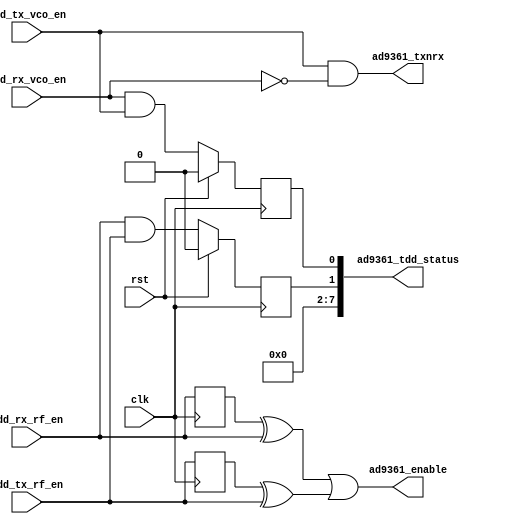
// ***************************************************************************
// ***************************************************************************
// Copyright 2014 - 2017 (c) Analog Devices, Inc. All rights reserved.
//
// In this HDL repository, there are many different and unique modules, consisting
// of various HDL (Verilog or VHDL) components. The individual modules are
// developed independently, and may be accompanied by separate and unique license
// terms.
//
// The user should read each of these license terms, and understand the
// freedoms and responsibilities that he or she has by using this source/core.
//
// This core is distributed in the hope that it will be useful, but WITHOUT ANY
// WARRANTY; without even the implied warranty of MERCHANTABILITY or FITNESS FOR
// A PARTICULAR PURPOSE.
//
// Redistribution and use of source or resulting binaries, with or without modification
// of this file, are permitted under one of the following two license terms:
//
//   1. The GNU General Public License version 2 as published by the
//      Free Software Foundation, which can be found in the top level directory
//      of this repository (LICENSE_GPL2), and also online at:
//      <https://www.gnu.org/licenses/old-licenses/gpl-2.0.html>
//
// OR
//
//   2. An ADI specific BSD license, which can be found in the top level directory
//      of this repository (LICENSE_ADIBSD), and also on-line at:
//      https://github.com/analogdevicesinc/hdl/blob/master/LICENSE_ADIBSD
//      This will allow to generate bit files and not release the source code,
//      as long as it attaches to an ADI device.
//
// ***************************************************************************
// ***************************************************************************

`timescale 1ns/1ps

module axi_ad9361_tdd_if#(

  parameter       LEVEL_OR_PULSE_N = 0) (

  // clock

  input                   clk,
  input                   rst,

  // control signals from the tdd control

  input                   tdd_rx_vco_en,
  input                   tdd_tx_vco_en,
  input                   tdd_rx_rf_en,
  input                   tdd_tx_rf_en,

  // device interface

  output                  ad9361_txnrx,
  output                  ad9361_enable,

  // interface status

  output      [ 7:0]      ad9361_tdd_status);


  localparam      PULSE_MODE = 0;
  localparam      LEVEL_MODE = 1;

  // internal registers


  reg             tdd_vco_overlap = 1'b0;
  reg             tdd_rf_overlap = 1'b0;

  wire            ad9361_txnrx_s;
  wire            ad9361_enable_s;

  // just one VCO can be enabled at a time
  assign ad9361_txnrx_s = tdd_tx_vco_en & ~tdd_rx_vco_en;

  generate
  if (LEVEL_OR_PULSE_N == PULSE_MODE) begin
    reg  tdd_rx_rf_en_d = 1'b0;
    reg  tdd_tx_rf_en_d = 1'b0;
    always @(posedge clk) begin
      tdd_rx_rf_en_d <= tdd_rx_rf_en;
      tdd_tx_rf_en_d <= tdd_tx_rf_en;
    end
    assign ad9361_enable_s = (tdd_rx_rf_en_d ^ tdd_rx_rf_en) ||
                             (tdd_tx_rf_en_d ^ tdd_tx_rf_en);
  end else
    assign ad9361_enable_s = (tdd_rx_rf_en | tdd_tx_rf_en);
  endgenerate

  always @(posedge clk) begin
    if(rst == 1'b1) begin
      tdd_vco_overlap <= 1'b0;
      tdd_rf_overlap <= 1'b0;
    end else begin
      tdd_vco_overlap <= tdd_rx_vco_en & tdd_tx_vco_en;
      tdd_rf_overlap <= tdd_rx_rf_en & tdd_tx_rf_en;
    end
  end

  assign ad9361_tdd_status = {6'b0, tdd_rf_overlap, tdd_vco_overlap};

  assign ad9361_txnrx = ad9361_txnrx_s;
  assign ad9361_enable = ad9361_enable_s;

endmodule